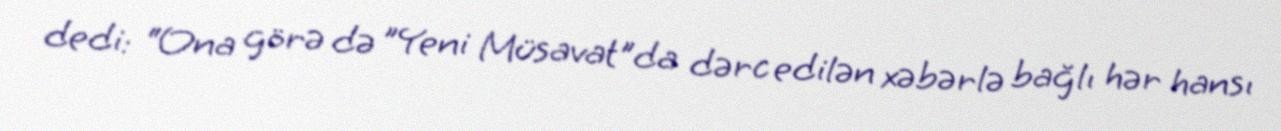
dedi: “Ona görə də ”Yeni Müsavat"da dərc edilən xəbərlə bağlı hər hansı